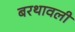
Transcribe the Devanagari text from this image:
बरथावली